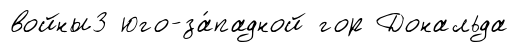
войны3 юго-за́падной гор Дональда